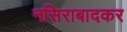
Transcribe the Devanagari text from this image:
नसिराबादकर